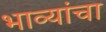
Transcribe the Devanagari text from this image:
भाव्यांचा